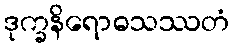
ဒုက္ခနိရောဓသဿတံ